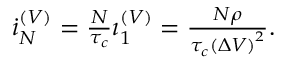
\begin{array} { r } { \dot { \i } _ { N } ^ { ( V ) } = \frac { N } { \tau _ { c } } \i _ { 1 } ^ { ( V ) } = \frac { N \rho } { \tau _ { c } \left( \Delta V \right) ^ { 2 } } . } \end{array}